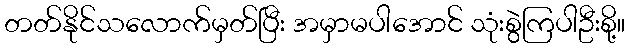
တတ်နိုင်သလောက်မှတ်ပြီး အမှာမပါအောင် သုံးစွဲကြပါဦးစို့။